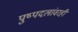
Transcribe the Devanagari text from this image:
पुष्पदलांवरही